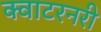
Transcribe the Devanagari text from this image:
क्वाटरनरी